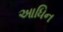
આધિન